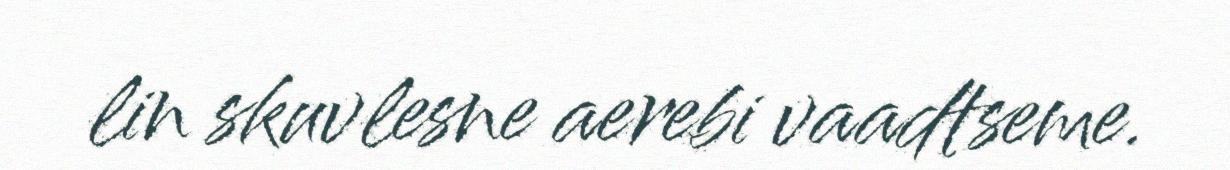
lin skuvlesne aerebi vaadtseme.